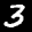
Label: 3